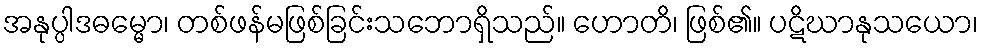
အနုပ္ပါဒဓမ္မော၊ တစ်ဖန်မဖြစ်ခြင်းသဘောရှိသည်။ ဟောတိ၊ ဖြစ်၏။ ပဋိဃာနုသယော၊